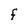
Character: F